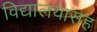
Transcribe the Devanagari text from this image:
विद्यालयासह